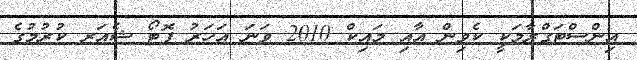
އިންސްޓަގްރާމަކީ ކެވިން އާއި މައިކް 2010 ވަނަ އަހަރު ފޮޓޯ ޝެއަރ ކުރުމުގެ